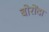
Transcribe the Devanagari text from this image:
बोरोंदा